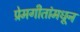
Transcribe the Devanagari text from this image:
प्रेमगीतांमधून